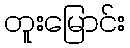
တူးမြောင်း